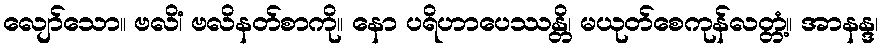
လျော်သော။ ဗလိံ၊ ဗလိနတ်စာကို။ နော ပရိဟာပေဿန္တိ၊ မယုတ်စေကုန်လတ္တံ့။ အာနန္ဒ၊